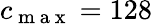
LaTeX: c_{\mathrm{~m~a~x~}}=128